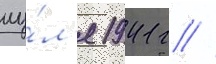
иу́л'я 1941 г //